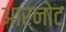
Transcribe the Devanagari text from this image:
आर्नोट